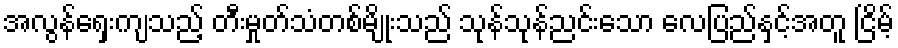
အလွန်ရှေးကျသည့် တီးမှုတ်သံတစ်မျိုးသည် သုန်သုန်ညင်းသော လေပြည်နှင့်အတူ ငြိမ့်